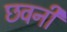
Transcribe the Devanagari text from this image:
छवनी